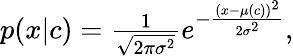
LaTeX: \begin{array}{r}{p(x|c)=\frac{1}{\sqrt{2\pi\sigma^{2}}}e^{-\frac{(x-\mu(c))^{2}}{2\sigma^{2}}},}\end{array}